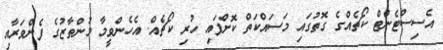
އެސިސްޓެންޓް ކޯޗެއްގެ ގޮތުގައި މަސައްކަތް ކޮށްފައި ހުރި ކޯޗެއް. އެހެންވީމާ މުންތާޒުގެ ފެންވަރާއި